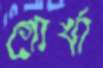
গোর্খা